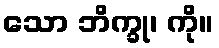
သော ဘိက္ခု၊ ကို။